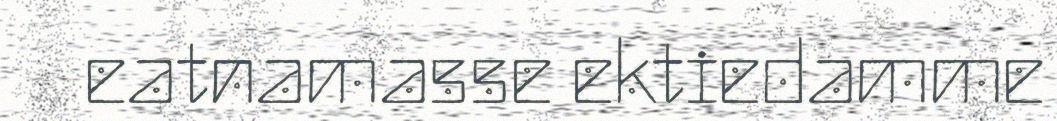
eatnamasse ektiedamme